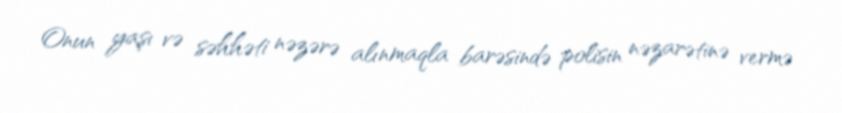
Onun yaşı və səhhəti nəzərə alınmaqla barəsində polisin nəzarətinə vermə